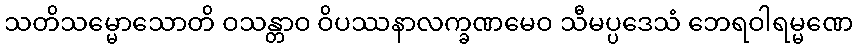
သတိသမ္မောသောတိ ဝသန္တာဝ ဝိပဿနာလက္ခဏမေဝ သီမပ္ပဒေသံ ဘေရဝါရမ္မဏေ